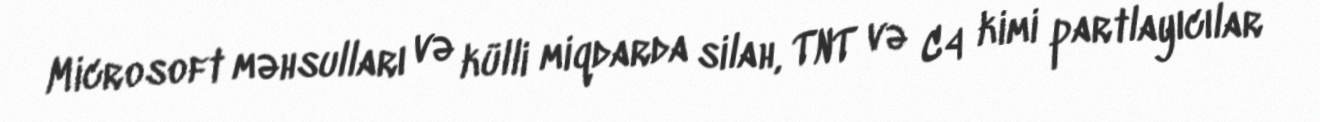
Microsoft məhsulları və külli miqdarda silah, TNT və C4 kimi partlayıcılar